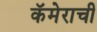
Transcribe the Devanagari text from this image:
कॅमेराची